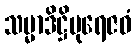
သမ္မာဒိဋ္ဌိပုရေဇဝံ